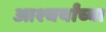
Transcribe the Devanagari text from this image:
आश्चर्यांच्या